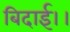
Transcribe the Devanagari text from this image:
बिदाई।।